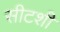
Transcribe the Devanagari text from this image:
सीटशी